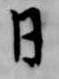
日